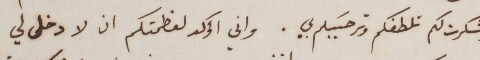
وشكرت لكم تلطفكم وترحيبكم بي. واني أؤكد لعظمتكم ان لا دخل لي